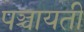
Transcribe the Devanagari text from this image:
पञ्चायती